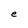
Character: e